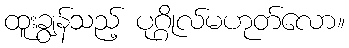
ထူးချွန်သည့် ပုဂ္ဂိုလ်မဟုတ်လော။